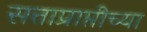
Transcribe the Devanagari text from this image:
सत्ताप्राप्तीच्या